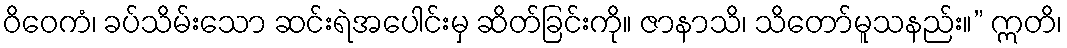
ဝိဝေကံ၊ ခပ်သိမ်းသော ဆင်းရဲအပေါင်းမှ ဆိတ်ခြင်းကို။ ဇာနာသိ၊ သိတော်မူသနည်း။” ဣတိ၊